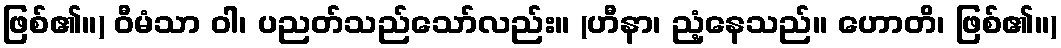
ဖြစ်၏။) ဝီမံသာ ဝါ၊ ပညတ်သည်သော်လည်း။ (ဟီနာ၊ ညံ့နေသည်။ ဟောတိ၊ ဖြစ်၏။)